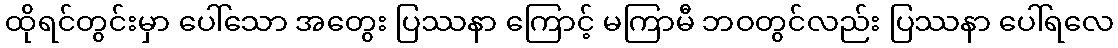
ထိုရင်တွင်းမှာ ပေါ်သော အတွေး ပြဿနာ ကြောင့် မကြာမီ ဘဝတွင်လည်း ပြဿနာ ပေါ်ရလေ